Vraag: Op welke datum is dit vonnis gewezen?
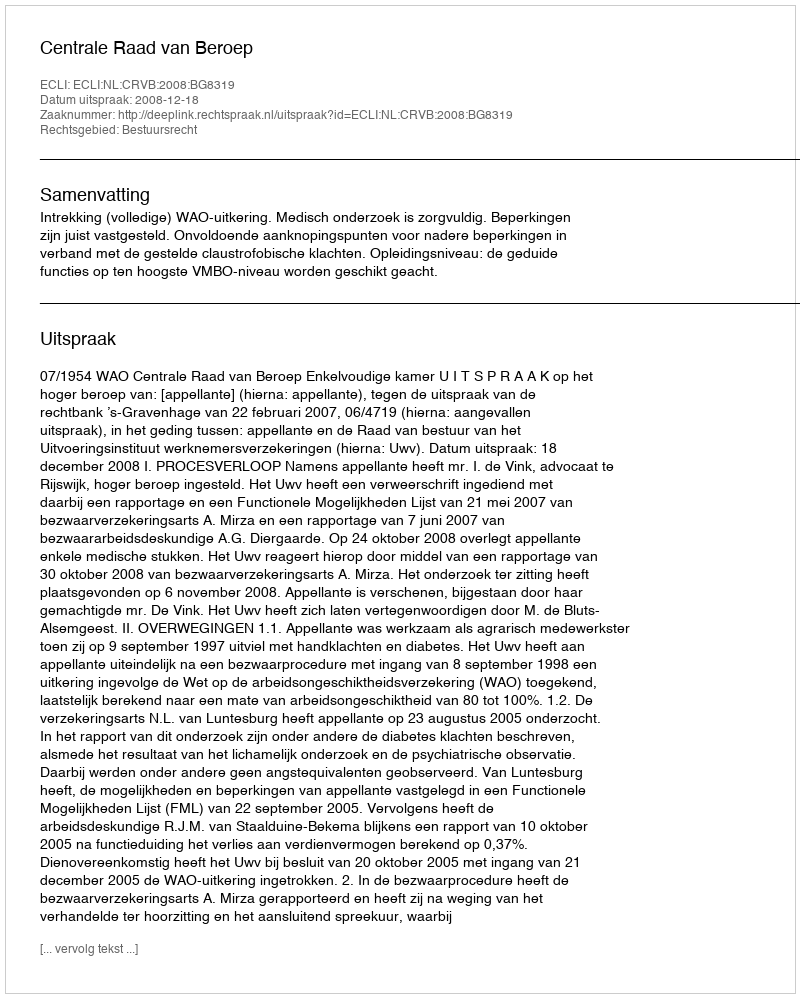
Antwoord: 2008-12-18